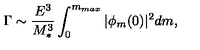
\Gamma \sim { \frac { E ^ { 3 } } { M _ { * } ^ { 3 } } } \int _ { 0 } ^ { m _ { m a x } } | \phi _ { m } ( 0 ) | ^ { 2 } d m ,